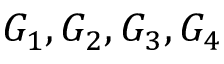
G _ { 1 } , G _ { 2 } , G _ { 3 } , G _ { 4 }